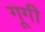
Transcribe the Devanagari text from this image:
गूगी